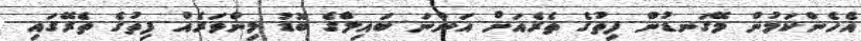
އެހެންކަމުން މޭގަނޑުން ފިތުގެ ތެރެއަށް އަންނަ ބައިލްގެ ބޮޑު މިންވަރެއް ފިތުގެ ތެރޭގައި